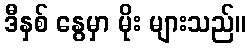
ဒီနှစ် နွေမှာ မိုး များသည်။